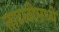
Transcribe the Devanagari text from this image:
ताटलीमध्ये